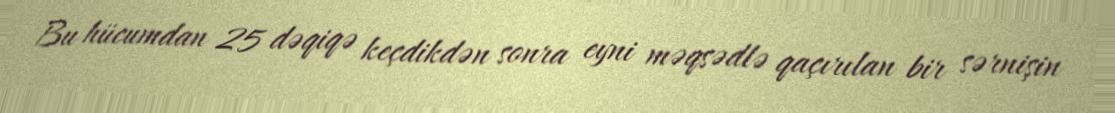
Bu hücumdan 25 dəqiqə keçdikdən sonra eyni məqsədlə qaçırılan bir sərnişin